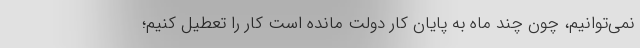
نمی‌توانیم، چون چند ماه به پایان کار دولت مانده است کار را تعطیل کنیم؛